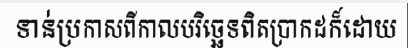
ទាន់ប្រកាសពីកាលបរិច្ឆេទពិតប្រាកដក៏ដោយ